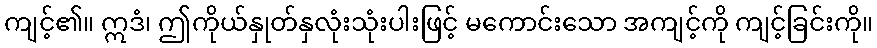
ကျင့်၏။ ဣဒံ၊ ဤကိုယ်နှုတ်နှလုံးသုံးပါးဖြင့် မကောင်းသော အကျင့်ကို ကျင့်ခြင်းကို။